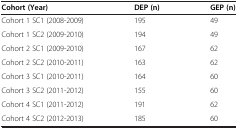
<table><thead><tr><td><b>Cohort (Year)</b></td><td><b>DEP (n)</b></td><td><b>GEP (n)</b></td></tr></thead><tbody><tr><td>Cohort 1 SC1 (2008-2009)</td><td>195</td><td>49</td></tr><tr><td>Cohort 1 SC2 (2009-2010)</td><td>194</td><td>49</td></tr><tr><td>Cohort 2 SC1 (2009-2010)</td><td>167</td><td>62</td></tr><tr><td>Cohort 2 SC2 (2010-2011)</td><td>163</td><td>62</td></tr><tr><td>Cohort 3 SC1 (2010-2011)</td><td>164</td><td>60</td></tr><tr><td>Cohort 3 SC2 (2011-2012)</td><td>155</td><td>60</td></tr><tr><td>Cohort 4 SC1 (2011-2012)</td><td>191</td><td>62</td></tr><tr><td>Cohort 4 SC2 (2012-2013)</td><td>185</td><td>60</td></tr></tbody></table>